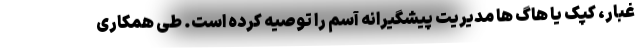
غبار، کپک یا هاگ ها مدیریت پیشگیرانه آسم را توصیه کرده است. طی همکاری